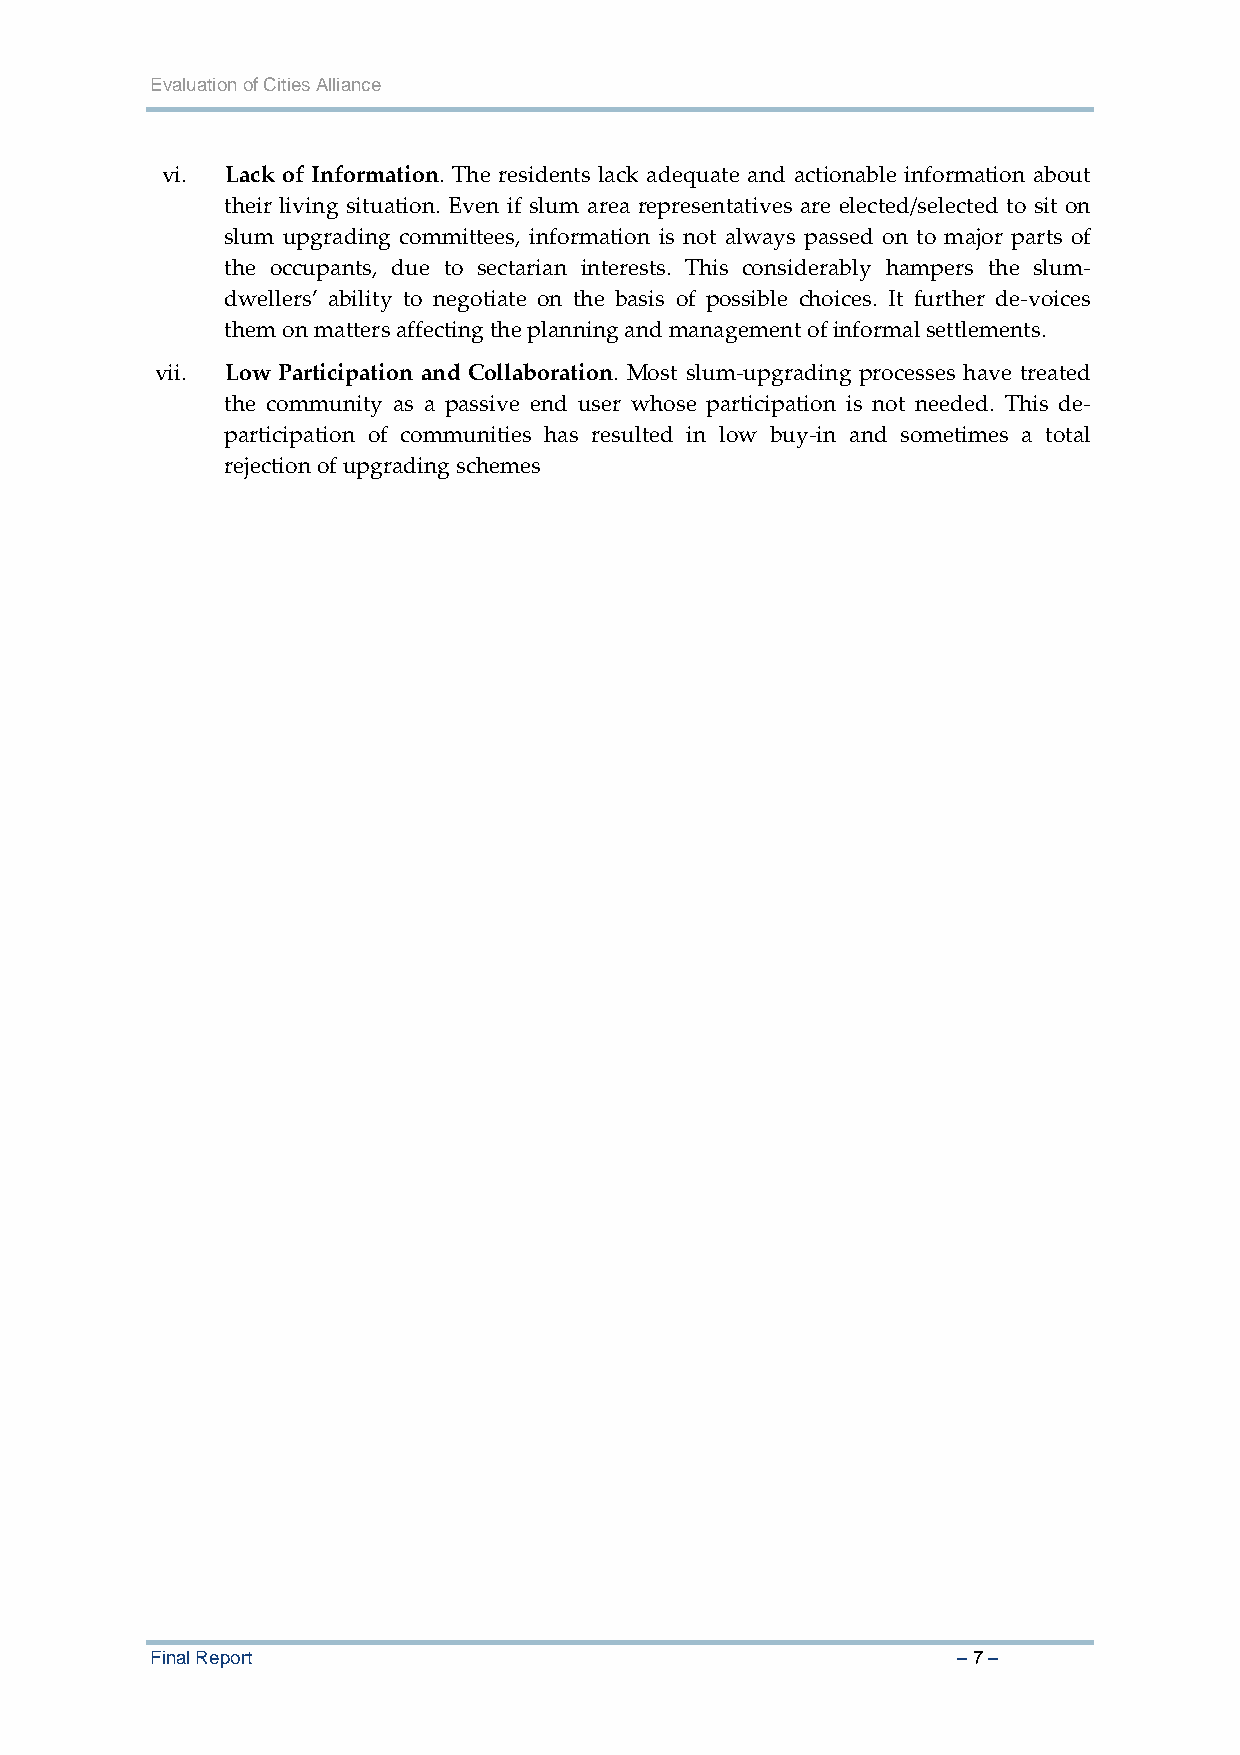
Evaluation of Cities Alliance
 vi. Lack of Information. The residents lack adequate and actionable information about
 their living situation. Even if slum area representatives are elected/selected to sit on
 slum upgrading committees, information is not always passed on to major parts of
 the occupants, due to sectarian interests. This considerably hampers the slum‐
 dwellers’ ability to negotiate on the basis of possible choices. It further de‐voices
 them on matters affecting the planning and management of informal settlements.
 vii. Low Participation and Collaboration. Most slum‐upgrading processes have treated
 the community as a passive end user whose participation is not needed. This de‐
 participation of communities has resulted in low buy‐in and sometimes a total
 rejection of upgrading schemes
 Final Report                                         – 7 –